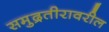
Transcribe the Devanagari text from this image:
समुद्रतीरावरील